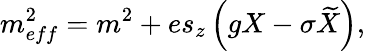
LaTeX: m_{eff}^{2}=m^{2}+es_{z}\left(gX-\sigma\widetilde{X}\right),